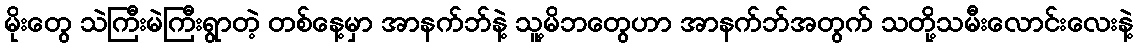
မိုးတွေ သဲကြီးမဲကြီးရွာတဲ့ တစ်နေ့မှာ အာနက်ဘ်နဲ့ သူ့မိဘတွေဟာ အာနက်ဘ်အတွက် သတို့သမီးလောင်းလေးနဲ့